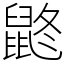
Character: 鼨